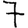
Digit: 7